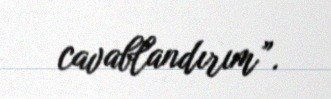
cavablandırım”.